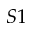
S 1